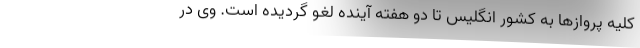
کلیه پروازها به کشور انگلیس تا دو هفته آینده لغو گردیده است. وی در